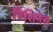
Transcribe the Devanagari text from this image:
मिशिनेस